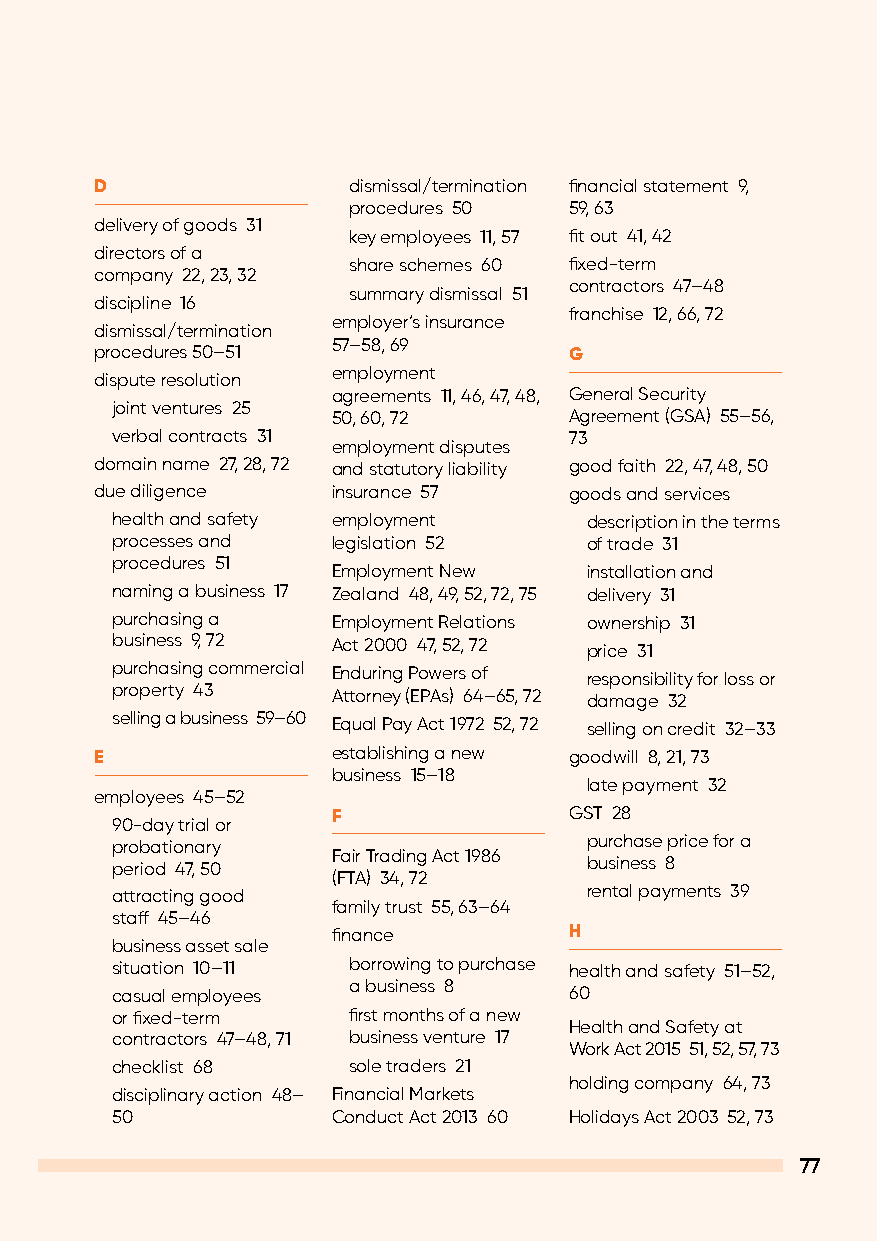
D                dismissal/termination financial statement 9,
 procedures 50  59, 63
 delivery of goods 31
 key employees 11, 57 fit out 41, 42
 directors of a
 share schemes 60 fixed-term
 company 22, 23, 32
 contractors 47–48
 summary dismissal 51
 discipline 16
 franchise 12, 66, 72
 employer’s insurance
 dismissal/termination
 57–58, 69
 procedures 50–51                G
 employment
 dispute resolution
 agreements 11, 46, 47, 48, General Security
 joint ventures 25
 50, 60, 72      Agreement (GSA) 55–56,
 verbal contracts 31            73
 employment disputes
 domain name 27, 28, 72 and statutory liability good faith 22, 47, 48, 50
 due diligence   insurance 57    goods and services
 health and safety employment    description in the terms
 processes and  legislation 52   of trade 31
 procedures 51
 Employment New   installation and
 naming a business 17 Zealand 48, 49, 52, 72, 75 delivery 31
 purchasing a   Employment Relations ownership 31
 business 9, 72 Act 2000 47, 52, 72 price 31
 purchasing commercial Enduring Powers of responsibility for loss or
 property 43    Attorney (EPAs) 64–65, 72 damage 32
 selling a business 59–60
 Equal Pay Act 1972 52, 72 selling on credit 32–33
 E               establishing a new goodwill 8, 21, 73
 business 15–18
 late payment 32
 employees 45–52
 F               GST 28
 90-day trial or
 probationary                    purchase price for a
 Fair Trading Act 1986
 period 47, 50                   business 8
 (FTA) 34, 72
 attracting good                 rental payments 39
 family trust 55, 63–64
 staff 45–46
 finance         H
 business asset sale
 situation 10–11 borrowing to purchase health and safety 51–52,
 a business 8
 casual employees               60
 or fixed-term   first months of a new
 Health and Safety at
 contractors 47–48, 71 business venture 17
 Work Act 2015 51, 52, 57, 73
 checklist 68    sole traders 21
 holding company 64, 73
 disciplinary action 48– Financial Markets
 50             Conduct Act 2013 60 Holidays Act 2003 52, 73
 77